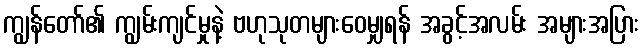
ကျွန်တော်၏ ကျွမ်းကျင်မှုနဲ့ ဗဟုသုတများဝေမျှရန် အခွင့်အလမ်း အများအပြား